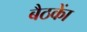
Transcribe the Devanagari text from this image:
बैठकाें